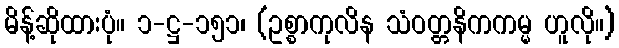
မိန့်ဆိုထားပုံ။ ၁-ဋ္ဌ-၁၅၁၊ (ဥစ္စာကုလိန သံဝတ္တနိကကမ္မ ဟူလို။)